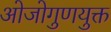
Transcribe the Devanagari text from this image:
ओजोगुणयुक्त